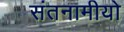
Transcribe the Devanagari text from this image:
संतनामीयो